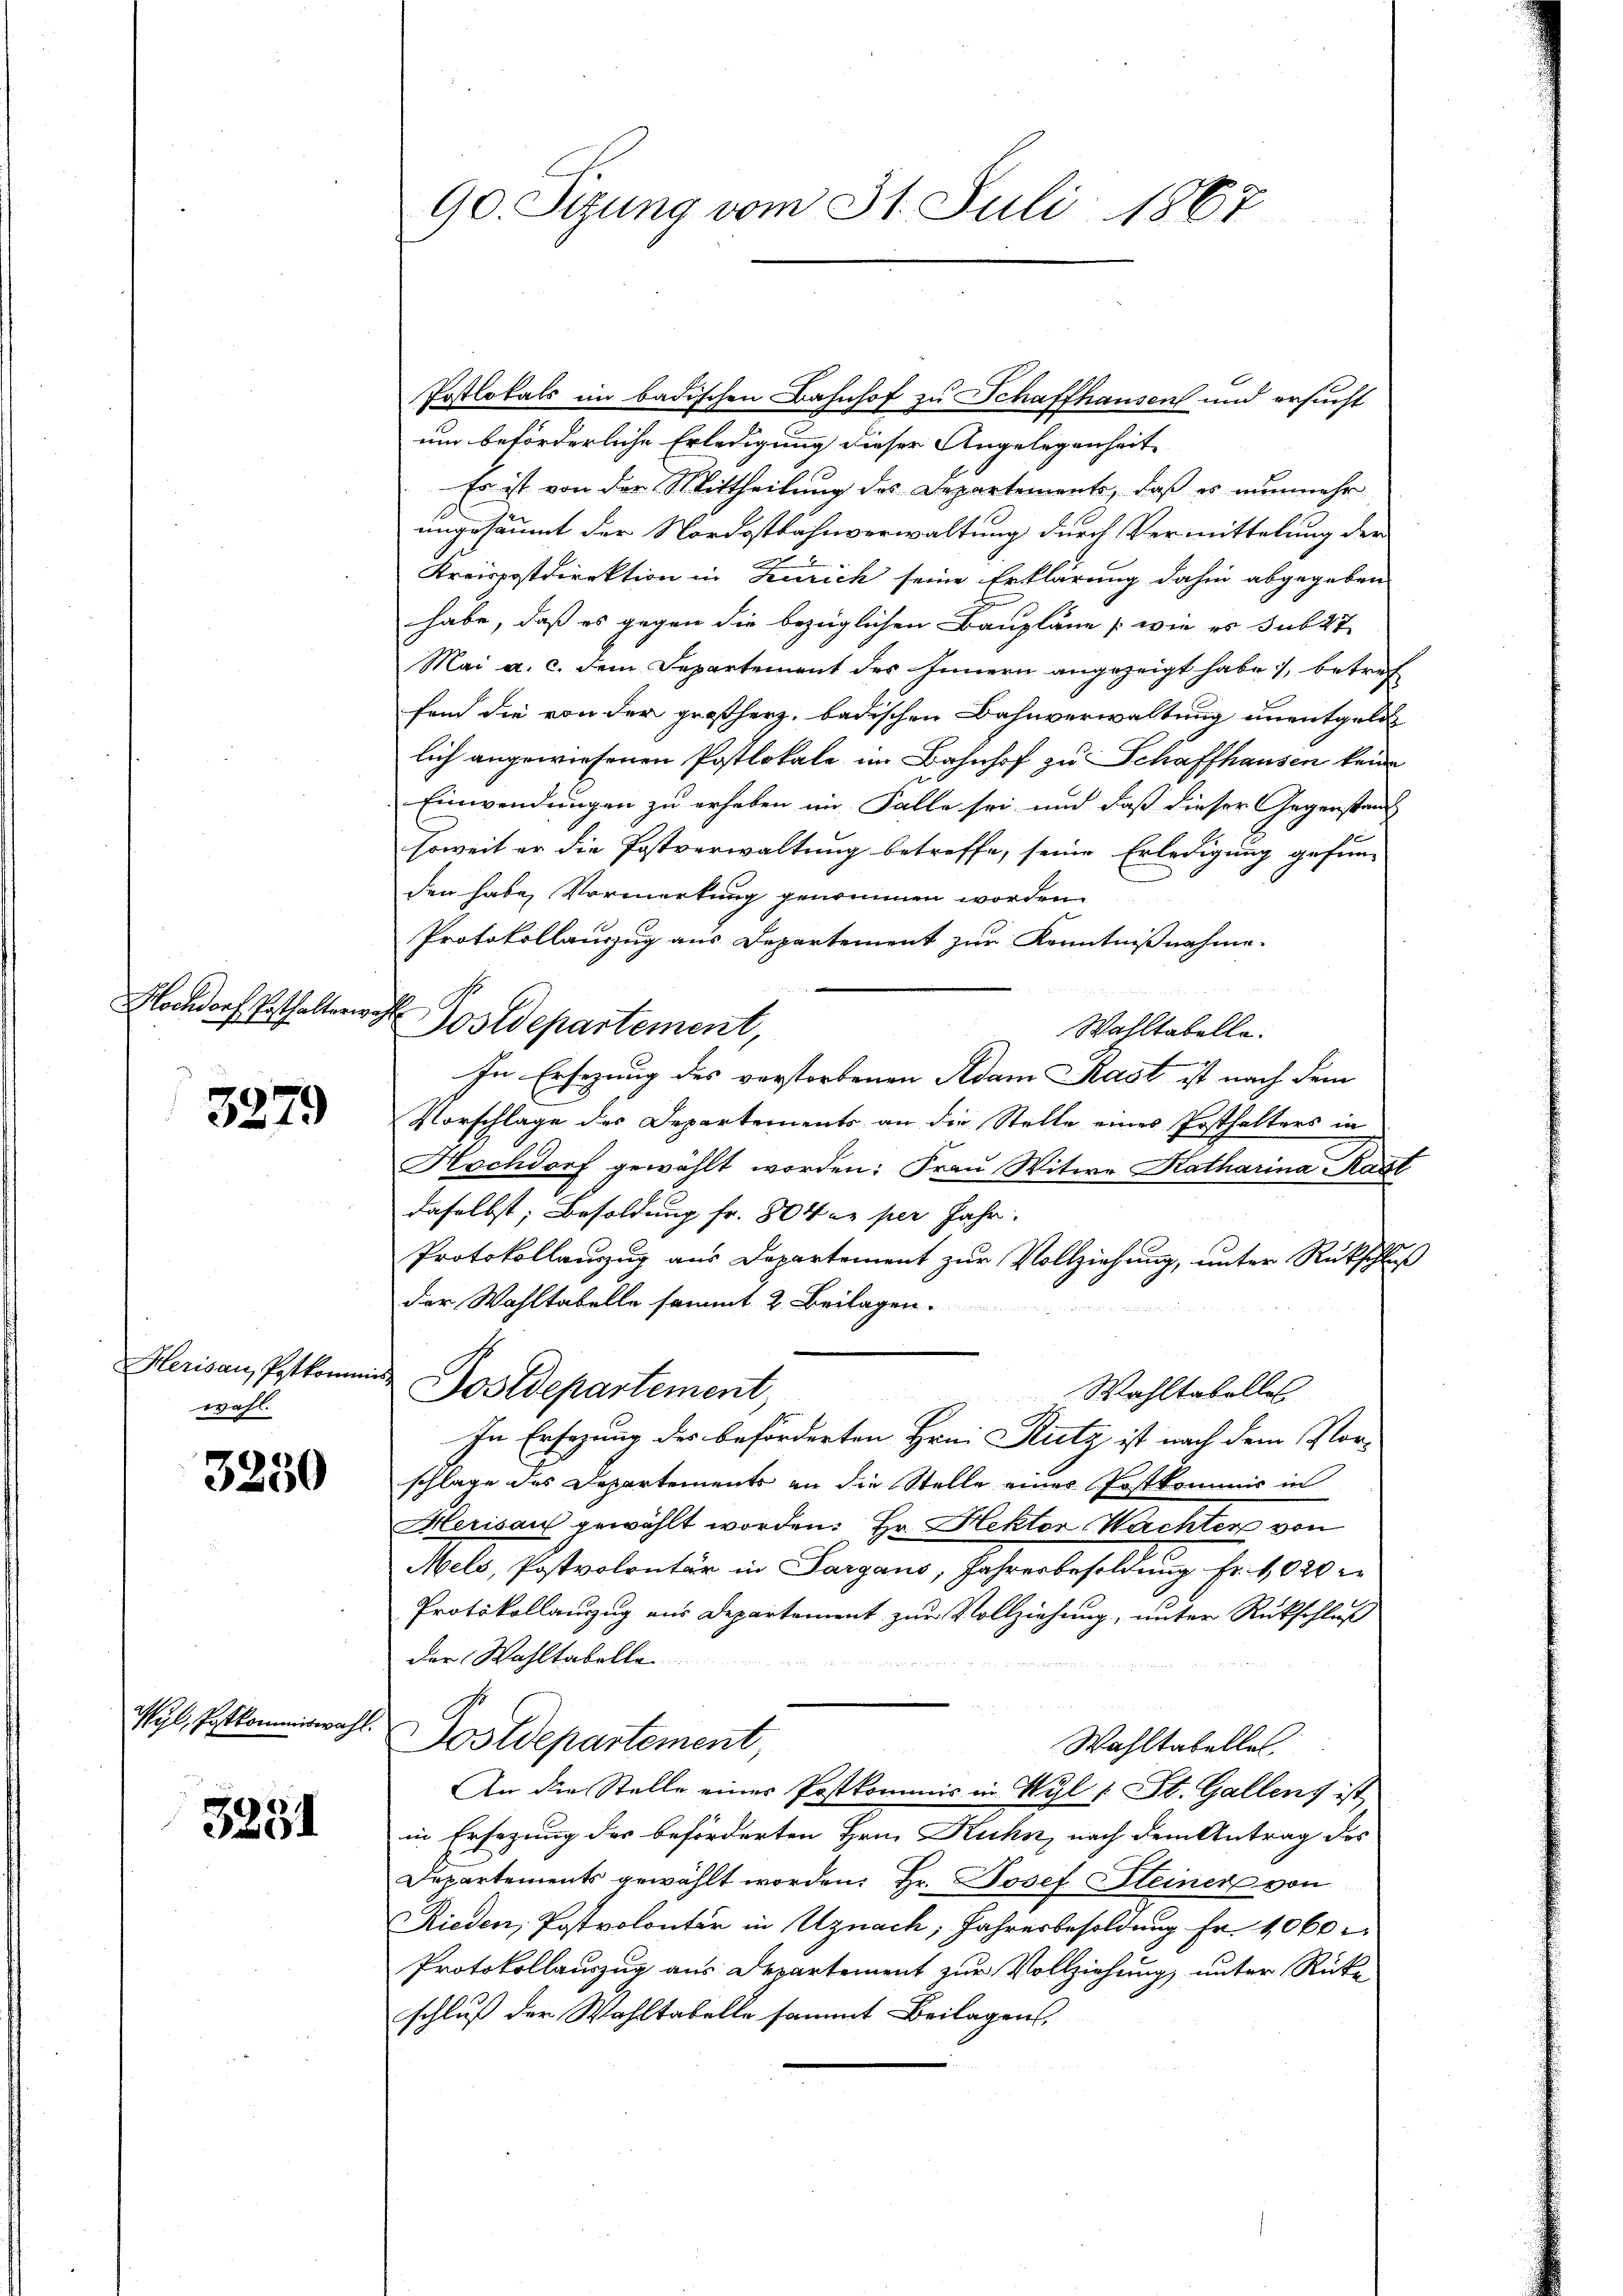
Hochdorf Posthalterwahl

3279

Herisau, Postkommis
wahl.

3250

Wyl, Postkommiswahl

3281

Postlokals im badischen Bahnhof zu Schaffhausen und ersucht
um beförderliche Erledigung dieser Angelegenheit
Es ist von der Mittheilung des Departements, daß es nunmehr
ungesäumt der Nordostbahnverwaltung durch Vermittelung der
Kreispostdirektion in Zürich seine Erklärung dahin abgegeben
habe, daß es gegen die bezüglichen Baupläne (wie es sub 27
Mai a. c. dem Departement des Innern angezeigt habe, betref
fend die von der großherz, badischen Bahnverwaltung unentgele
lich angewiesenen Postlokale im Bahnhof zu Schaffhausen keine
Einwendungen zu erheben im Falle sei und daß dieser Gegenstand
soweit er die Postverwaltung betreffe, seine Erledigung gefun-
den habe, Vormerkung genommen worden.
Protokollauszug aus Departement zur Kenntnißnahme.
Postdepartement,
Wahltabelle.
In Ersezung des verstorbenen Adam Rast ist nach dem
Vorschlage des Departements an die Stelle eines Ersthalters in
Hochdorf gewählt worden: Frau Witwe Katharina Karl
daselbst; Besoldung fr. 804 er per Jahr
Protokollauszug aus Departement zur Vollziehung, unter Rückschluß
der Wahltabelle sammt 2. Beilagen.
Fostdepartement,
Wahltabelles
In Ersezung des beförderten Hrn. Ritz ist nach dem Vorschlage des Departements an die Stelle einer Postkommis in
Herisau gewählt worden. Hr. Hektor Wachter von
Mels, Postvolontär in Sargaus, Jahresbesoldung Fr. 1020
Protokollauszug aus Departement zur Vollziehung, unter Rückschluß
der Wahltabelle
Postdepartement
Wahltabelles
An die Stelle einer Postkommis in Wyl 1 St. Gallens ist
in Ersezung des beförderten Hrn. Kuhn, nach dem Antrag des
Departements gewählt worden. Hr. Josef Steiner von
Rieden, Postvolontär in Uznach, Jahresbesoldung Fr. 1060 r
Protokollauszug aus Departement zur Vollziehung, unter Rücke
schluß der Wahltabelle sammt Beilagen,

90. Sizung vom 31. Juli 1867